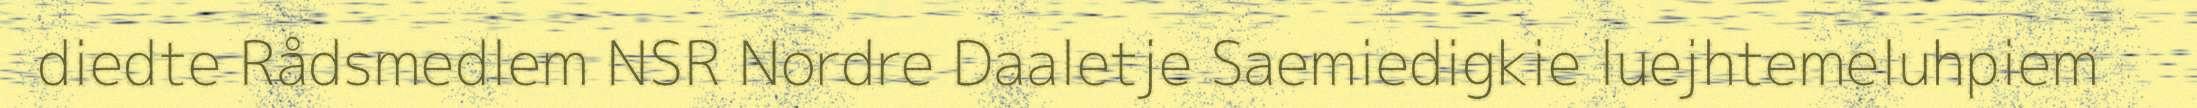
diedte Rådsmedlem NSR Nordre Daaletje Saemiedigkie luejhtemeluhpiem